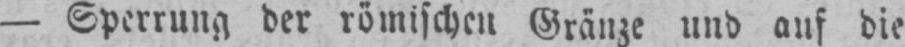
- Sperrung der römischen Gränze und auf die